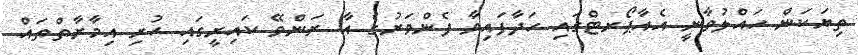
ތިޔަކަން ހައްލުވާނީ އެއާޕޯރޓްގައި ހަދާފައިވާ ފެންވަރުގެ އާ ރަންވޭ ކައިރީގައި ހުރި އިމާރާތްތައް